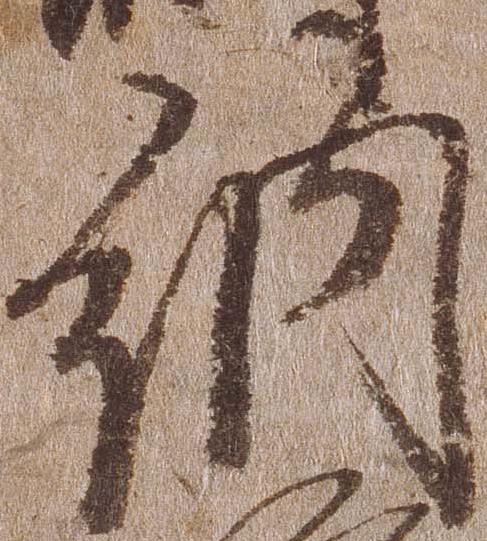
納